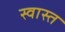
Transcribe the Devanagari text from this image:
स्वास्त